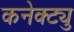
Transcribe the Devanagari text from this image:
कनेक्ट्यु